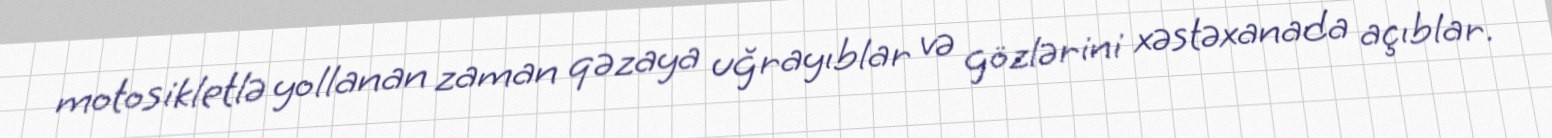
motosikletlə yollanan zaman qəzaya uğrayıblar və gözlərini xəstəxanada açıblar.